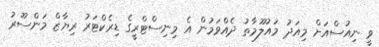
ވީ ނިއުސްއަށް މިއަދު މައުލޫމާތު ދެއްވަމުން އެ މިނިސްޓްރީގެ ޑިރެކްޓަރު ރިޔާޒް މަންސޫރު